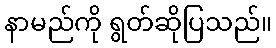
နာမည်ကို ရွတ်ဆိုပြသည်။